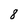
Character: 8